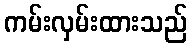
ကမ်းလှမ်းထားသည်